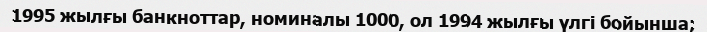
1995 жылғы банкноттар, номиналы 1000, ол 1994 жылғы үлгі бойынша;